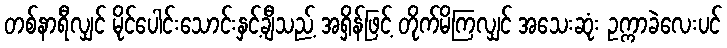
တစ်နာရီလျှင် မိုင်ပေါင်းသောင်းနှင့်ချီသည့် အရှိန်ဖြင့် တိုက်မိကြလျှင် အသေးဆုံး ဥက္ကာခဲလေးပင်